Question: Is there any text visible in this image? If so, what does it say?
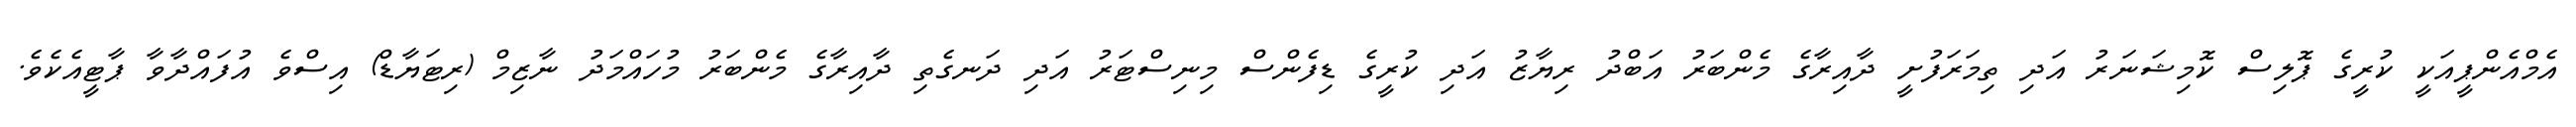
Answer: އެމްއެންޕީއަކީ ކުރީގެ ޕޮލިސް ކޮމިޝަނަރު އަދި ތިމަރަފުށީ ދާއިރާގެ މެންބަރު އަބްދު ރިޔާޒު އަދި ކުރީގެ ޑިފެންސް މިނިސްޓަރު އަދި ދަނގެތި ދާއިރާގެ މެންބަރު މުހައްމަދު ނާޒިމް (ރިޓަޔާޑް) އިސްވެ އުފައްދާވާ ޕާޓީއެކެވެ.